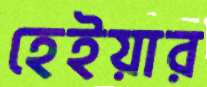
হেইয়ার